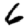
Digit: 6